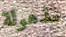
مذهولة